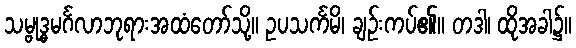
သမ္ဗုဒ္ဓမင်္ဂလာဘုရားအထံတော်သို့။ ဥပသင်္ကမိ၊ ချဉ်းကပ်၏။ တဒါ၊ ထိုအခါ၌။